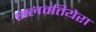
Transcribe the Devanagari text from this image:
सलवतियेरा